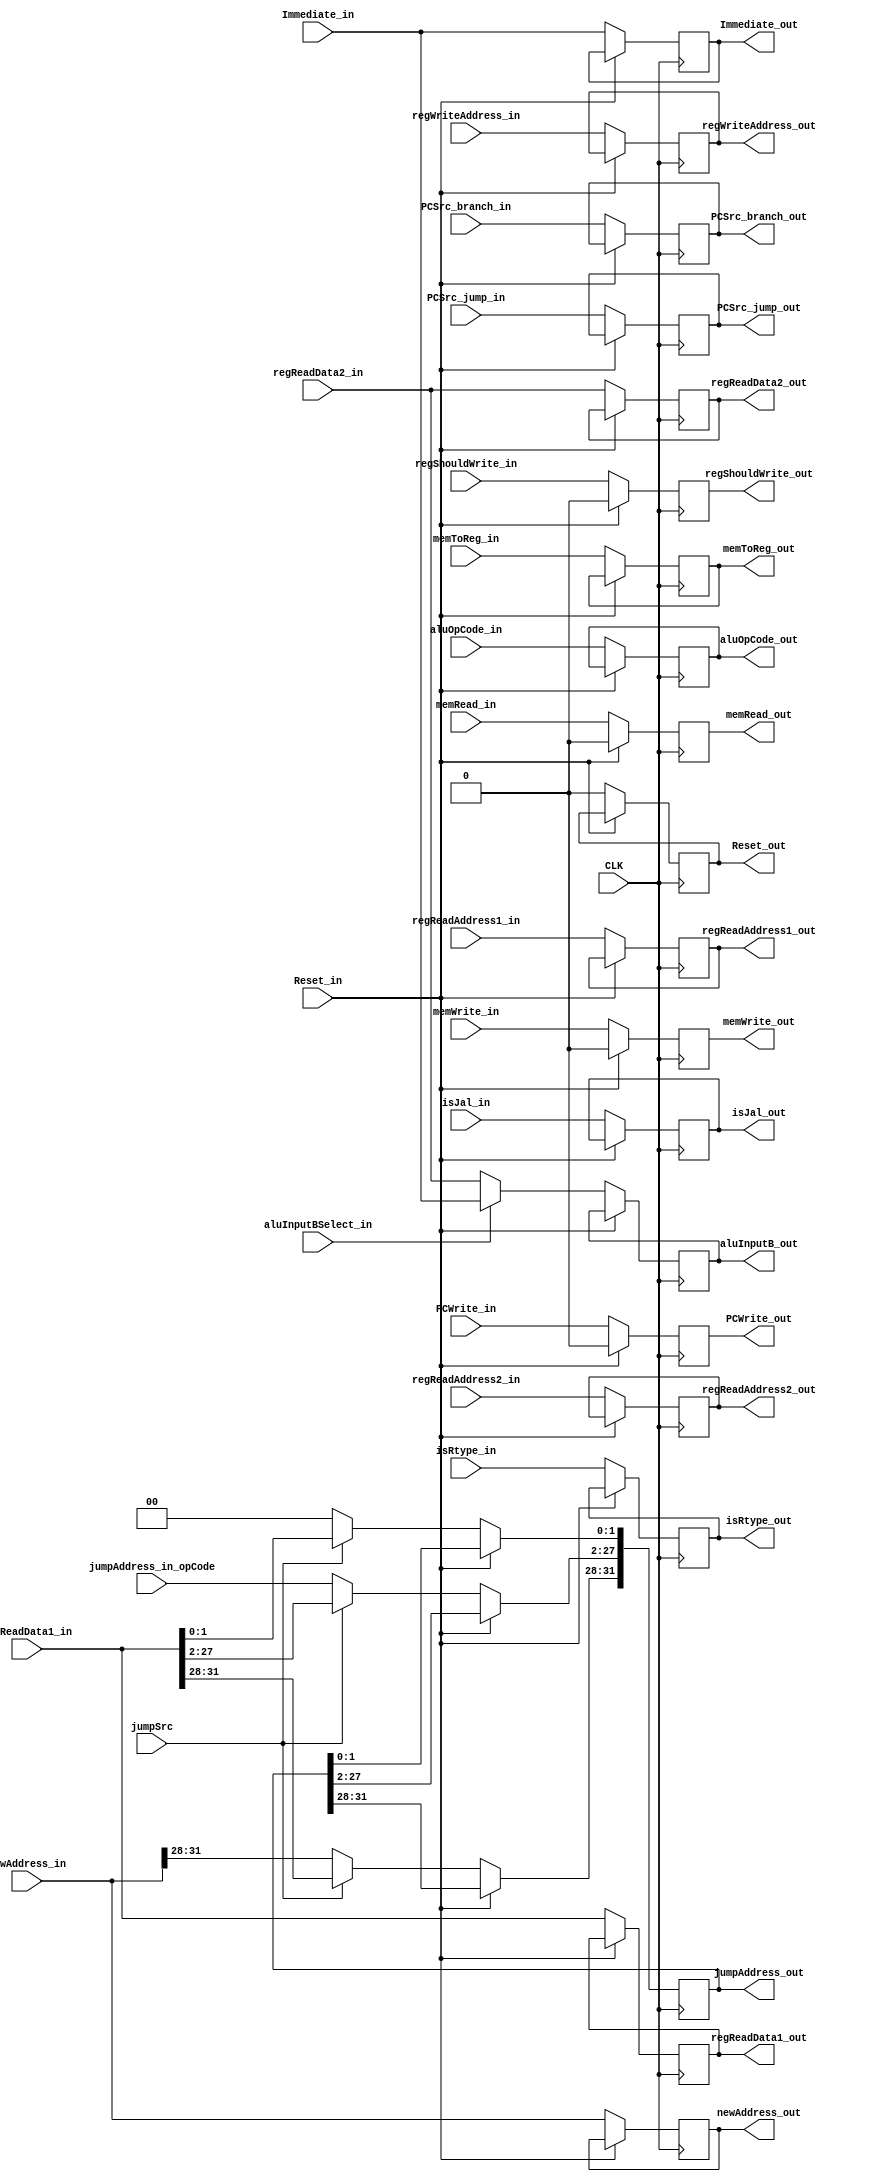
`timescale 1ns / 1ps
//////////////////////////////////////////////////////////////////////////////////
// Company: 
// Engineer: 
// 
// Design Name: 
// Module Name:    Reg_IDtoEXE 
// Project Name: 
// Target Devices: 
// Tool versions: 
// Description: 
//
// Dependencies: 
//
// Revision: 
// Revision 0.01 - File Created
// Additional Comments: 
//
//////////////////////////////////////////////////////////////////////////////////
module Reg_IDtoEXE(
    input CLK,Reset_in,
    input PCWrite_in,
          regShouldWrite_in,
          aluInputBSelect_in,
          memWrite_in,memRead_in,memToReg_in,
          jumpSrc,
          isRtype_in,isJal_in,
    input [32:1] newAddress_in,
                 regReadData1_in,regReadData2_in,Immediate_in,
    input [26:1] jumpAddress_in_opCode,
    input [6:1] aluOpCode_in,
    input [5:1] regWriteAddress_in,regReadAddress1_in,regReadAddress2_in,
    input [2:1] PCSrc_jump_in,PCSrc_branch_in,

    output reg Reset_out,PCWrite_out,isRtype_out,isJal_out,
           regShouldWrite_out,
           memWrite_out,memRead_out,memToReg_out,
    output reg [32:1] newAddress_out,
                      regReadData1_out,regReadData2_out,
                      aluInputB_out,Immediate_out,
    output reg [32:1] jumpAddress_out,
    output reg [6:1] aluOpCode_out,
    output reg [5:1] regWriteAddress_out,regReadAddress1_out,regReadAddress2_out,
    output reg [2:1] PCSrc_jump_out,PCSrc_branch_out
    );

    always @(posedge CLK)begin
        if(Reset_in == 0)begin
            Reset_out <= Reset_in;
            isRtype_out <= isRtype_in;
            isJal_out <= isJal_in;
            PCWrite_out <= PCWrite_in;
            PCSrc_jump_out <= PCSrc_jump_in;
            PCSrc_branch_out <= PCSrc_branch_in;
            newAddress_out <= newAddress_in;

            regShouldWrite_out <= regShouldWrite_in;

            memWrite_out <= memWrite_in;
            memRead_out <= memRead_in;
            memToReg_out <= memToReg_in;

            regReadData1_out <= regReadData1_in;
            regReadData2_out <= regReadData2_in;
            regReadAddress2_out <= regReadAddress2_in;
            regReadAddress1_out <= regReadAddress1_in;
            regWriteAddress_out <= regWriteAddress_in;

            Immediate_out <= Immediate_in;
            aluOpCode_out <= aluOpCode_in;
            if(aluInputBSelect_in == 0) aluInputB_out <= regReadData2_in;
            else    aluInputB_out <= Immediate_in;

            if(jumpSrc == 0)begin
                jumpAddress_out[32:29] <= newAddress_in[32:29];
                jumpAddress_out[28:3] <= jumpAddress_in_opCode;
                jumpAddress_out[2:1] <= 2'b00;
            end
            else begin
                jumpAddress_out <= regReadData1_in;
                //$display("jumpSrc=1,jumpAddress:%b",jumpAddress_out);
            end
            //$display($time," jumpAddress:%b\n",jumpAddress_out);
        end

        else begin
            PCWrite_out <= 0;
            regShouldWrite_out <= 0;
            memWrite_out <= 0;
            memRead_out <= 0;
        end
    end


endmodule